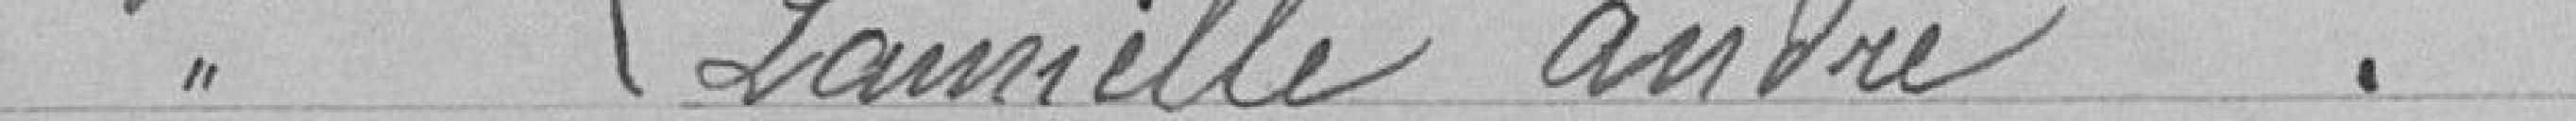
1er cycle LAMIELLE André